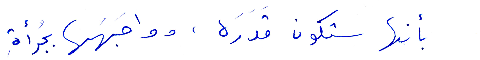
بأنها سكون قدرة، وواجهها بجرأة